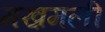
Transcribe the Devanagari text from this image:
मख़मली